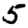
Digit: 5